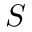
S